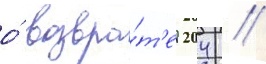
о́ возвра́т'е 204 /